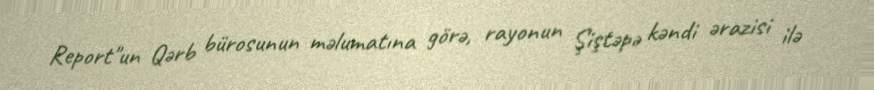
Report"un Qərb bürosunun məlumatına görə, rayonun Şiştəpə kəndi ərazisi ilə